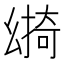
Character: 𢇎